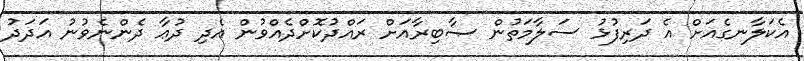
އެކަލާނގެއަށް އެ ދަރިފުޅު ސަލާމަތުން ޞާބިރާއަށް ރައްދުކޮށްދެއްވުން އެދި ދުޢާ ދެންނެވުނު އަދަދު